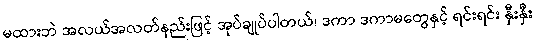
မထားဘဲ အလယ်အလတ်နည်းဖြင့် အုပ်ချုပ်ပါတယ်၊ ဒကာ ဒကာမတွေနှင့် ရင်းရင်း နှီးနှီး